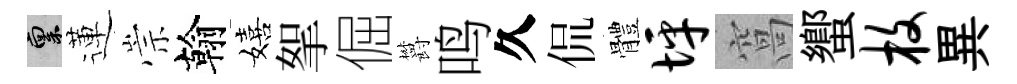
禀蓮崇翰嬉挐倔欝鸣久侃體坪窩蠁枚異